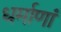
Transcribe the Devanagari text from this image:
धर्माणां